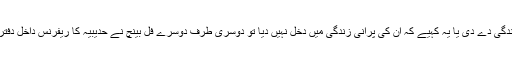
ایک طرف، ایک فل بینچ نے عمران خان کو نئی زندگی دے دی یا یہ کہیے کہ ان کی پرانی زندگی میں دخل نہیں دیا تو دوسری طرف دوسرے فل بینچ نے حدیبیہ کا ریفرنس داخل دفتر کرکے شہباز شریف کے لئے میدان صاف کر دیا۔